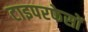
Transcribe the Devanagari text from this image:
टाइपरफेसों